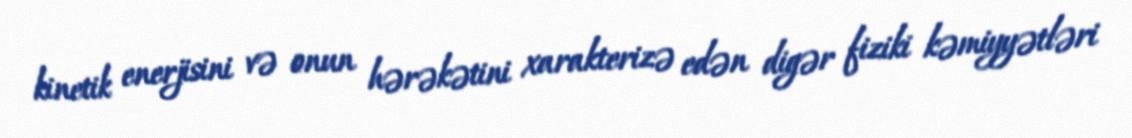
kinetik enerjisini və onun hərəkətini xarakterizə edən digər fiziki kəmiyyətləri